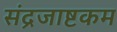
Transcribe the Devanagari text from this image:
संद्रजाष्टकम